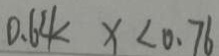
0 . 6 4 < x < 0 . 7 6